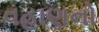
વહાણનો